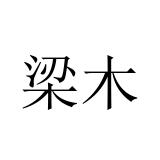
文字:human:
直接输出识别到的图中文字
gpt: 梁木